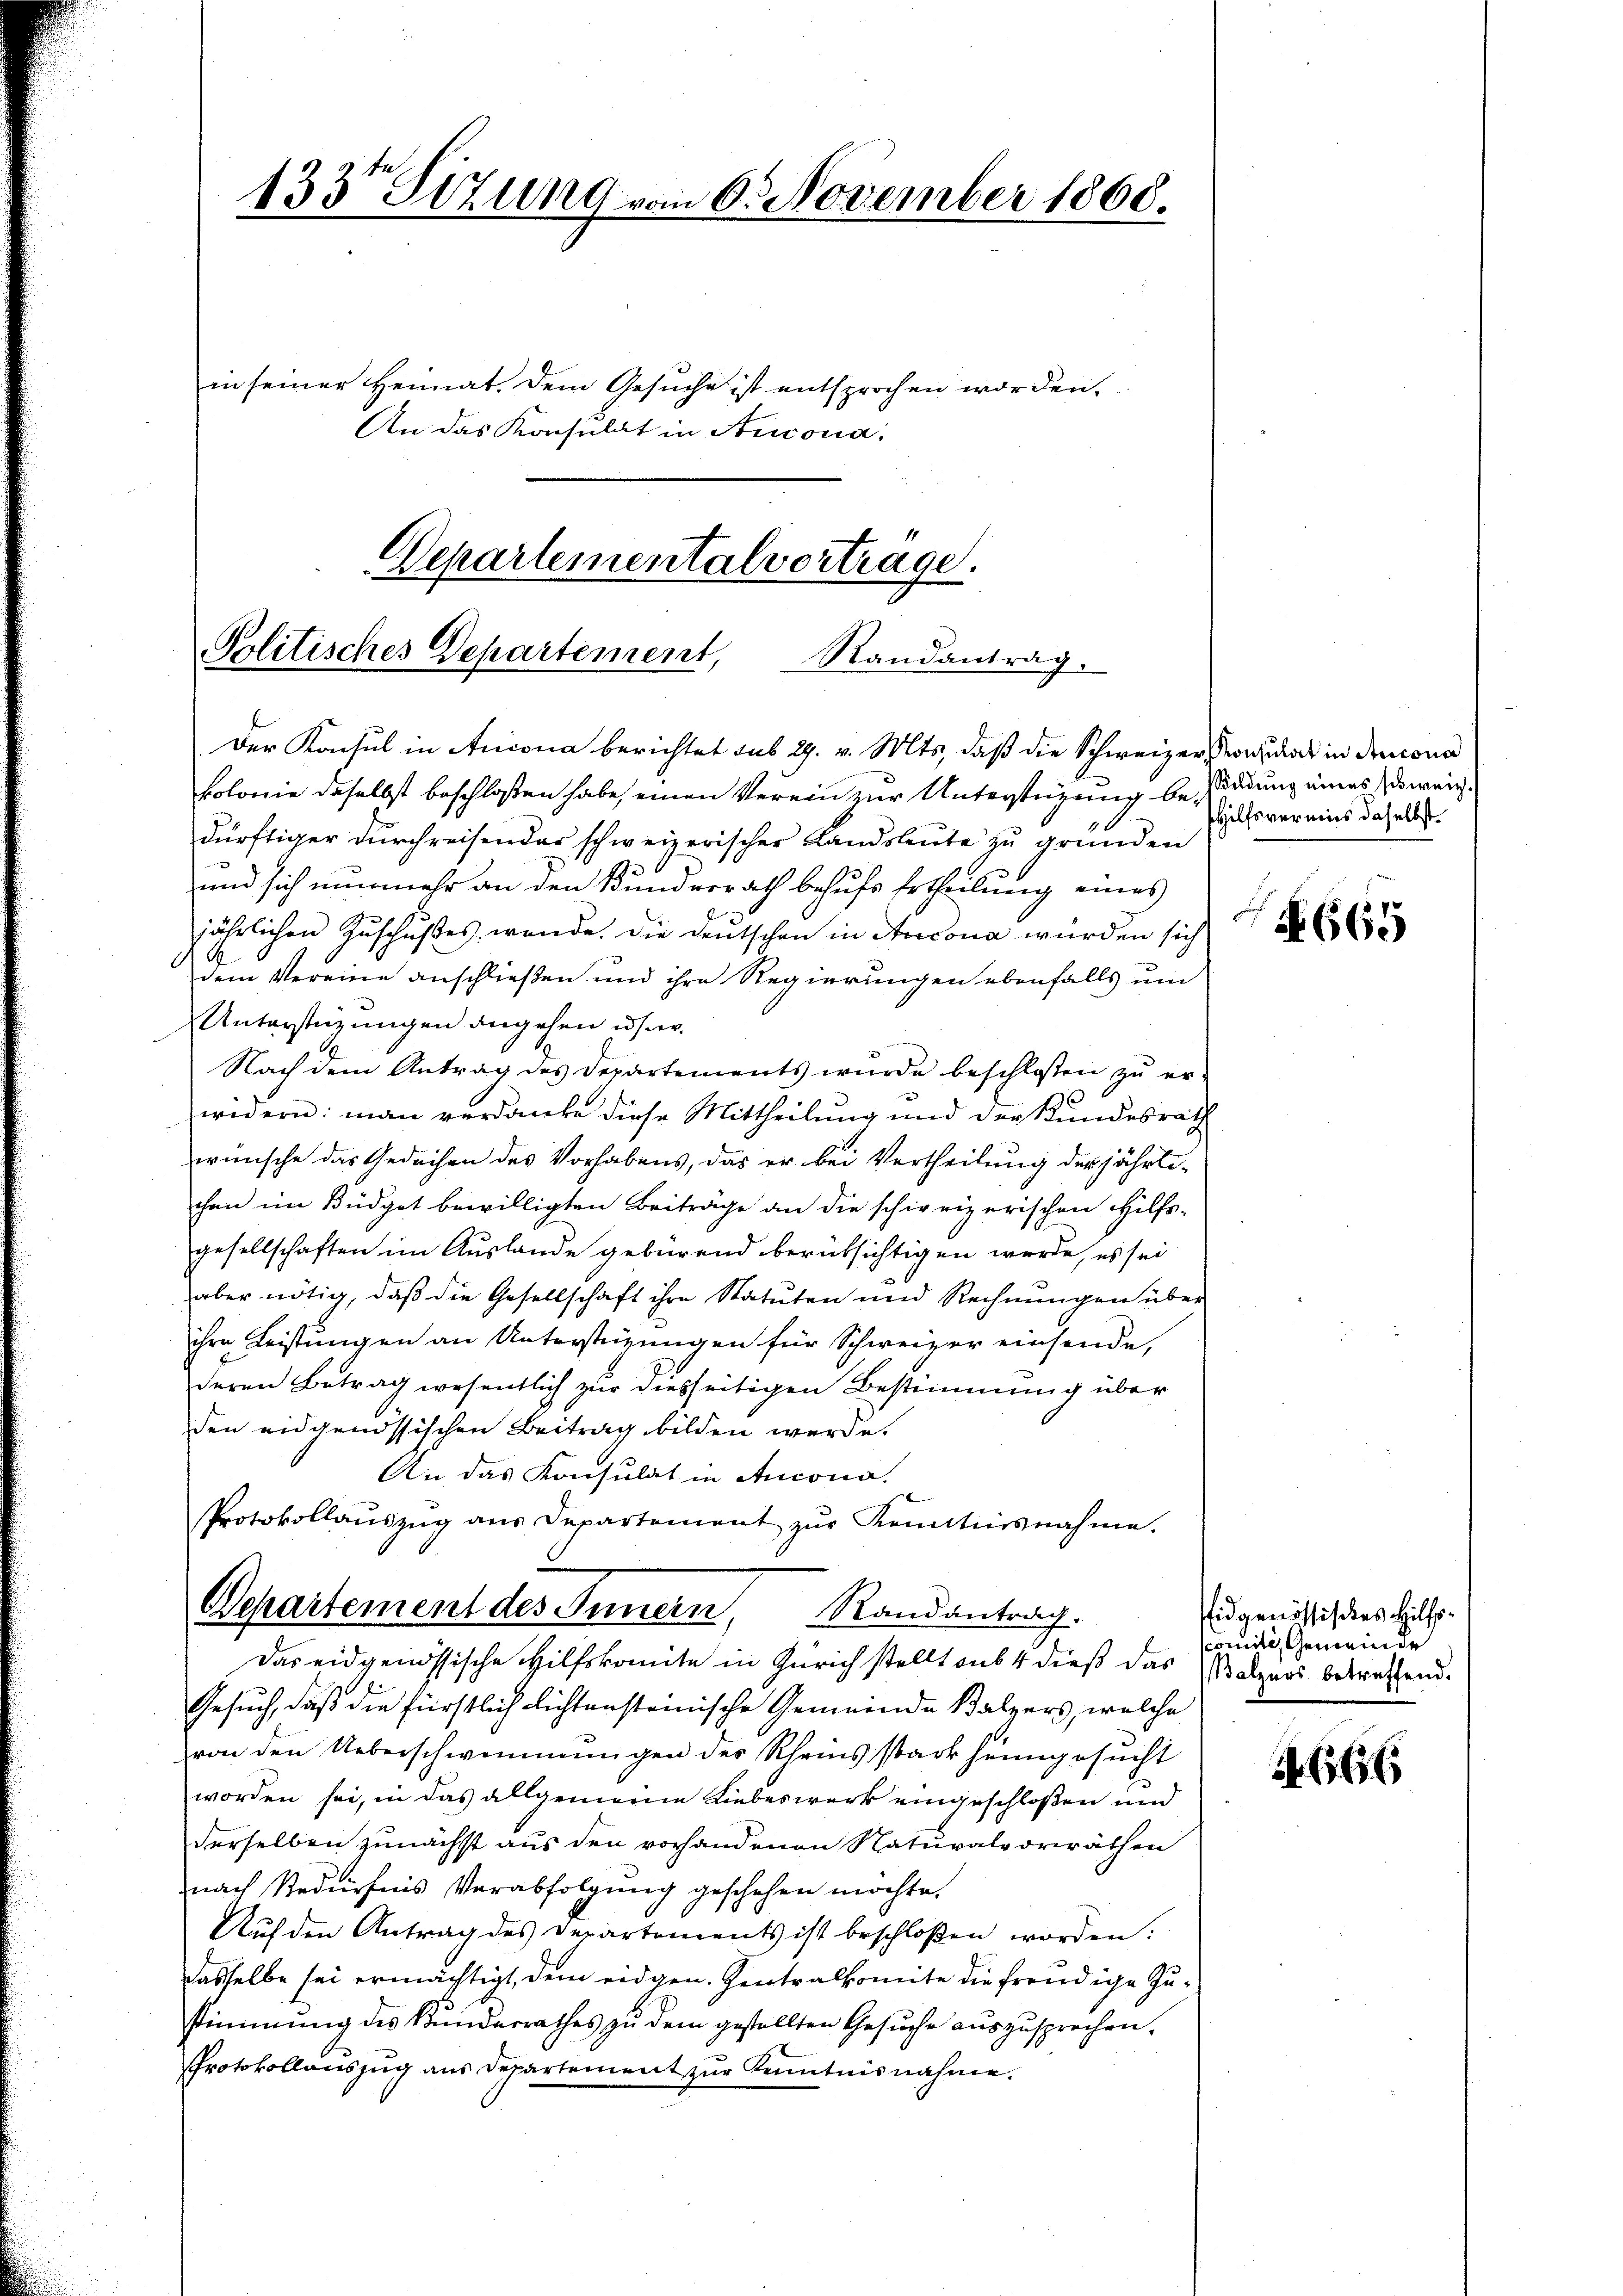
133te Situng vom 6. November 1868.
in seiner Heimat. Dem Gesuche ist entsprochen worden,
An das Konsulat in Aucona.

Departementalvertrage.
Politisches Departement,
Randantrag.
Der Konsul in Arcona berichtet sub 29. v. Mts., daß die Schweizer, Regulat in Decono

kolonie daselbst beschloßen habe, einen Verein zur Unterstüzung besadung eines zu weigdürftiger Dŭrchreisender schweizerischer Landsleute zu gründen
und sich nunmehr an den Kundesrath behufs Ertheilung eines
jährlichen Zuschußes werde. Die Deutschen in Ancona wurden sich
dem Vereine anschließen und ihre Regierungen ebenfalls um
Unterstüzungen angehen u. s.
Nach dem Antrag des Departements wurde beschlossen zu er¬
0
widern: man verdanke diese Mittheilung und der Kundesräth
wünsche das Gedachen des Vorhabens, das er bei Vertheilung der jährlichen im Büdget bewilligten Beiträge an die schierizerischen Hilfs-
gesellschaften im Auslande gebürend berüksichtigen werde, es sei
aber nötig, daß die Gesellschaft ihre Statuten und Rechnŭngen über
ihre Leistungen an Unterstüzungen für Schweizer einsende,
deren Betrag wesentlich zur diesseitigen Bestimmung über
den eidgenössischen Beitrag bilden werde.
An das Konsulat in Ancona.
Protokollaŭszŭg aŭs Departement zŭr Kenntnisnahme.
Departement des Innern, Randantrag.
Das eidgenössische Hilfskomite in Zürich stellt aus 4 dieß das Walzers betreffend.
Gesuch, daß die fürstlich lichtensteinische Gemeinde Balzers, welche
von den Ueberschwemmungen des Rheins stark heimgesucht
worden sei, in das allgemeine Liebeswerk eingeschloßen und
derselben zunächst aus den vorhandenen Naturalvorräthen
nach Bedürfnis Verabfolgung geschehen möchte.
Auf den Antrag des Departements ist beschloßen worden:
dasselbe sei ermächtigt, dem eidgen. Zentralkomite die freudige Zustimmung des Kundesrathes zu dem gestellten Gesuche auszusprechen.
Protokollauszug aus Departement zur Kenntnisnahme.

Hilfsvermis daselbst.

N. 665

Eidgenössisches Hilfsscomite, Gemeinde

1666